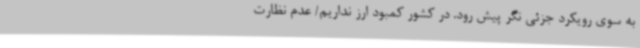
به سوی رویکرد جزئی نگر پیش رود. در کشور کمبود ارز نداریم/ عدم نظارت